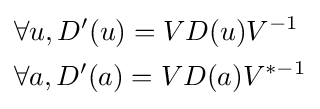
{\begin{aligned}&\forall u,D'(u)=VD(u)V^{-1}\\&\forall a,D'(a)=VD(a)V^{*-1}\end{aligned}}